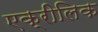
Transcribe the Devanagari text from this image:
एक्रीलिक